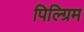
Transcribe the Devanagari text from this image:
पिल्ग्रिम